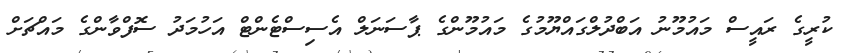
ކުރީގެ ރައީސް މައުމޫނު އަބްދުލްގައްޔޫމުގެ މައުމޫންގެ ޕާސަނަލް އެސިސްޓެންޓް އަހުމަދު ސޮފްވާންގެ މައްޗަށް